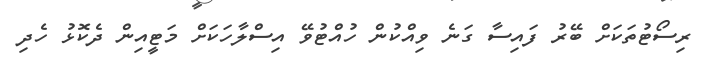
ރިސޯޓުތަކަށް ބޭރު ފައިސާ ގަނެ ވިއްކުން ހުއްޓުވޭ އިސްލާހަކަށް މަޓީއިން ދެކޮޅު ހެދި